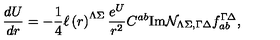
{ \frac { d { U } } { d r } } = - { \frac { 1 } { 4 } } \ell \left( r \right) ^ { \Lambda \Sigma } { \frac { e ^ { U } } { r ^ { 2 } } } C ^ { a b } \mathrm { I m } { \cal N } _ { \Lambda \Sigma , \Gamma \Delta } f _ { a b } ^ { \Gamma \Delta } ,